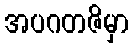
အပဂတဇိမှာ